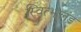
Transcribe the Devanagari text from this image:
स्वित्झलंड